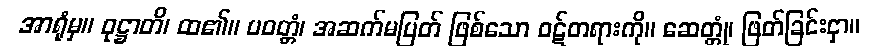
အာရုံမှ။ ဝုဋ္ဌာတိ၊ ထ၏။ ပဝတ္တံ၊ အဆက်မပြတ် ဖြစ်သော ဝဋ်တရားကို။ ဆေတ္တုံ၊ ဖြတ်ခြင်းငှာ။